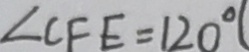
\angle C F E = 1 2 0 ^ { \circ }